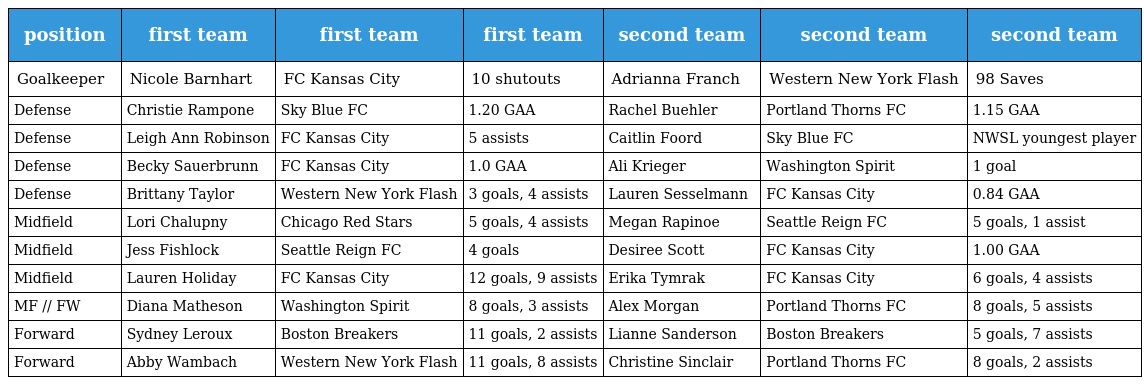
| position | first team | first team | first team | second team | second team | second team |
 | --- | --- | --- | --- | --- | --- | --- |
 | Goalkeeper | Nicole Barnhart | FC Kansas City | 10 shutouts | Adrianna Franch | Western New York Flash | 98 Saves |
 | Defense | Christie Rampone | Sky Blue FC | 1.20 GAA | Rachel Buehler | Portland Thorns FC | 1.15 GAA |
 | Defense | Leigh Ann Robinson | FC Kansas City | 5 assists | Caitlin Foord | Sky Blue FC | NWSL youngest player |
 | Defense | Becky Sauerbrunn | FC Kansas City | 1.0 GAA | Ali Krieger | Washington Spirit | 1 goal |
 | Defense | Brittany Taylor | Western New York Flash | 3 goals, 4 assists | Lauren Sesselmann | FC Kansas City | 0.84 GAA |
 | Midfield | Lori Chalupny | Chicago Red Stars | 5 goals, 4 assists | Megan Rapinoe | Seattle Reign FC | 5 goals, 1 assist |
 | Midfield | Jess Fishlock | Seattle Reign FC | 4 goals | Desiree Scott | FC Kansas City | 1.00 GAA |
 | Midfield | Lauren Holiday | FC Kansas City | 12 goals, 9 assists | Erika Tymrak | FC Kansas City | 6 goals, 4 assists |
 | MF // FW | Diana Matheson | Washington Spirit | 8 goals, 3 assists | Alex Morgan | Portland Thorns FC | 8 goals, 5 assists |
 | Forward | Sydney Leroux | Boston Breakers | 11 goals, 2 assists | Lianne Sanderson | Boston Breakers | 5 goals, 7 assists |
 | Forward | Abby Wambach | Western New York Flash | 11 goals, 8 assists | Christine Sinclair | Portland Thorns FC | 8 goals, 2 assists |